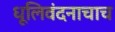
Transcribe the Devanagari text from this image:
धूलिवंदनाचाच